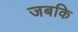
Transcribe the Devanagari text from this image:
जबकि